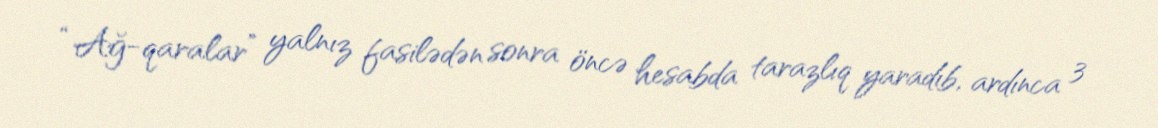
“Ağ-qaralar” yalnız fasilədən sonra öncə hesabda tarazlıq yaradıb, ardınca 3